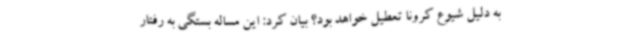
به دلیل شیوع کرونا تعطیل خواهد بود؟ بیان کرد: این مساله بستگی به رفتار